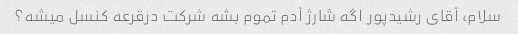
سلام، آقای رشیدپور اگه شارژ آدم تموم بشه شرکت درقرعه کنسل میشه؟